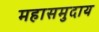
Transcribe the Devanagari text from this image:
महासमुदाय